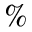
\%